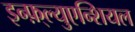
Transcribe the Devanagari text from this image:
इन्फ़्ल्युएन्शियल